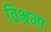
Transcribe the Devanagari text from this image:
विभ्रमा